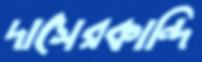
দাসেরকান্দি